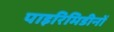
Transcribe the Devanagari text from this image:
पाइरिमिडीनों